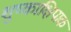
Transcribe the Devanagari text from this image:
शुष्काक्षिपाक